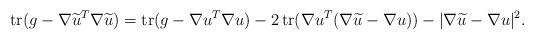
LaTeX: \begin{align*}\operatorname{tr}(g-\nabla\widetilde u^T\nabla\widetilde u)=\operatorname{tr}(g-\nabla u^T\nabla u)-2\operatorname{tr}(\nabla u^T(\nabla \widetilde u-\nabla u))-|\nabla\widetilde u-\nabla u|^2.\end{align*}